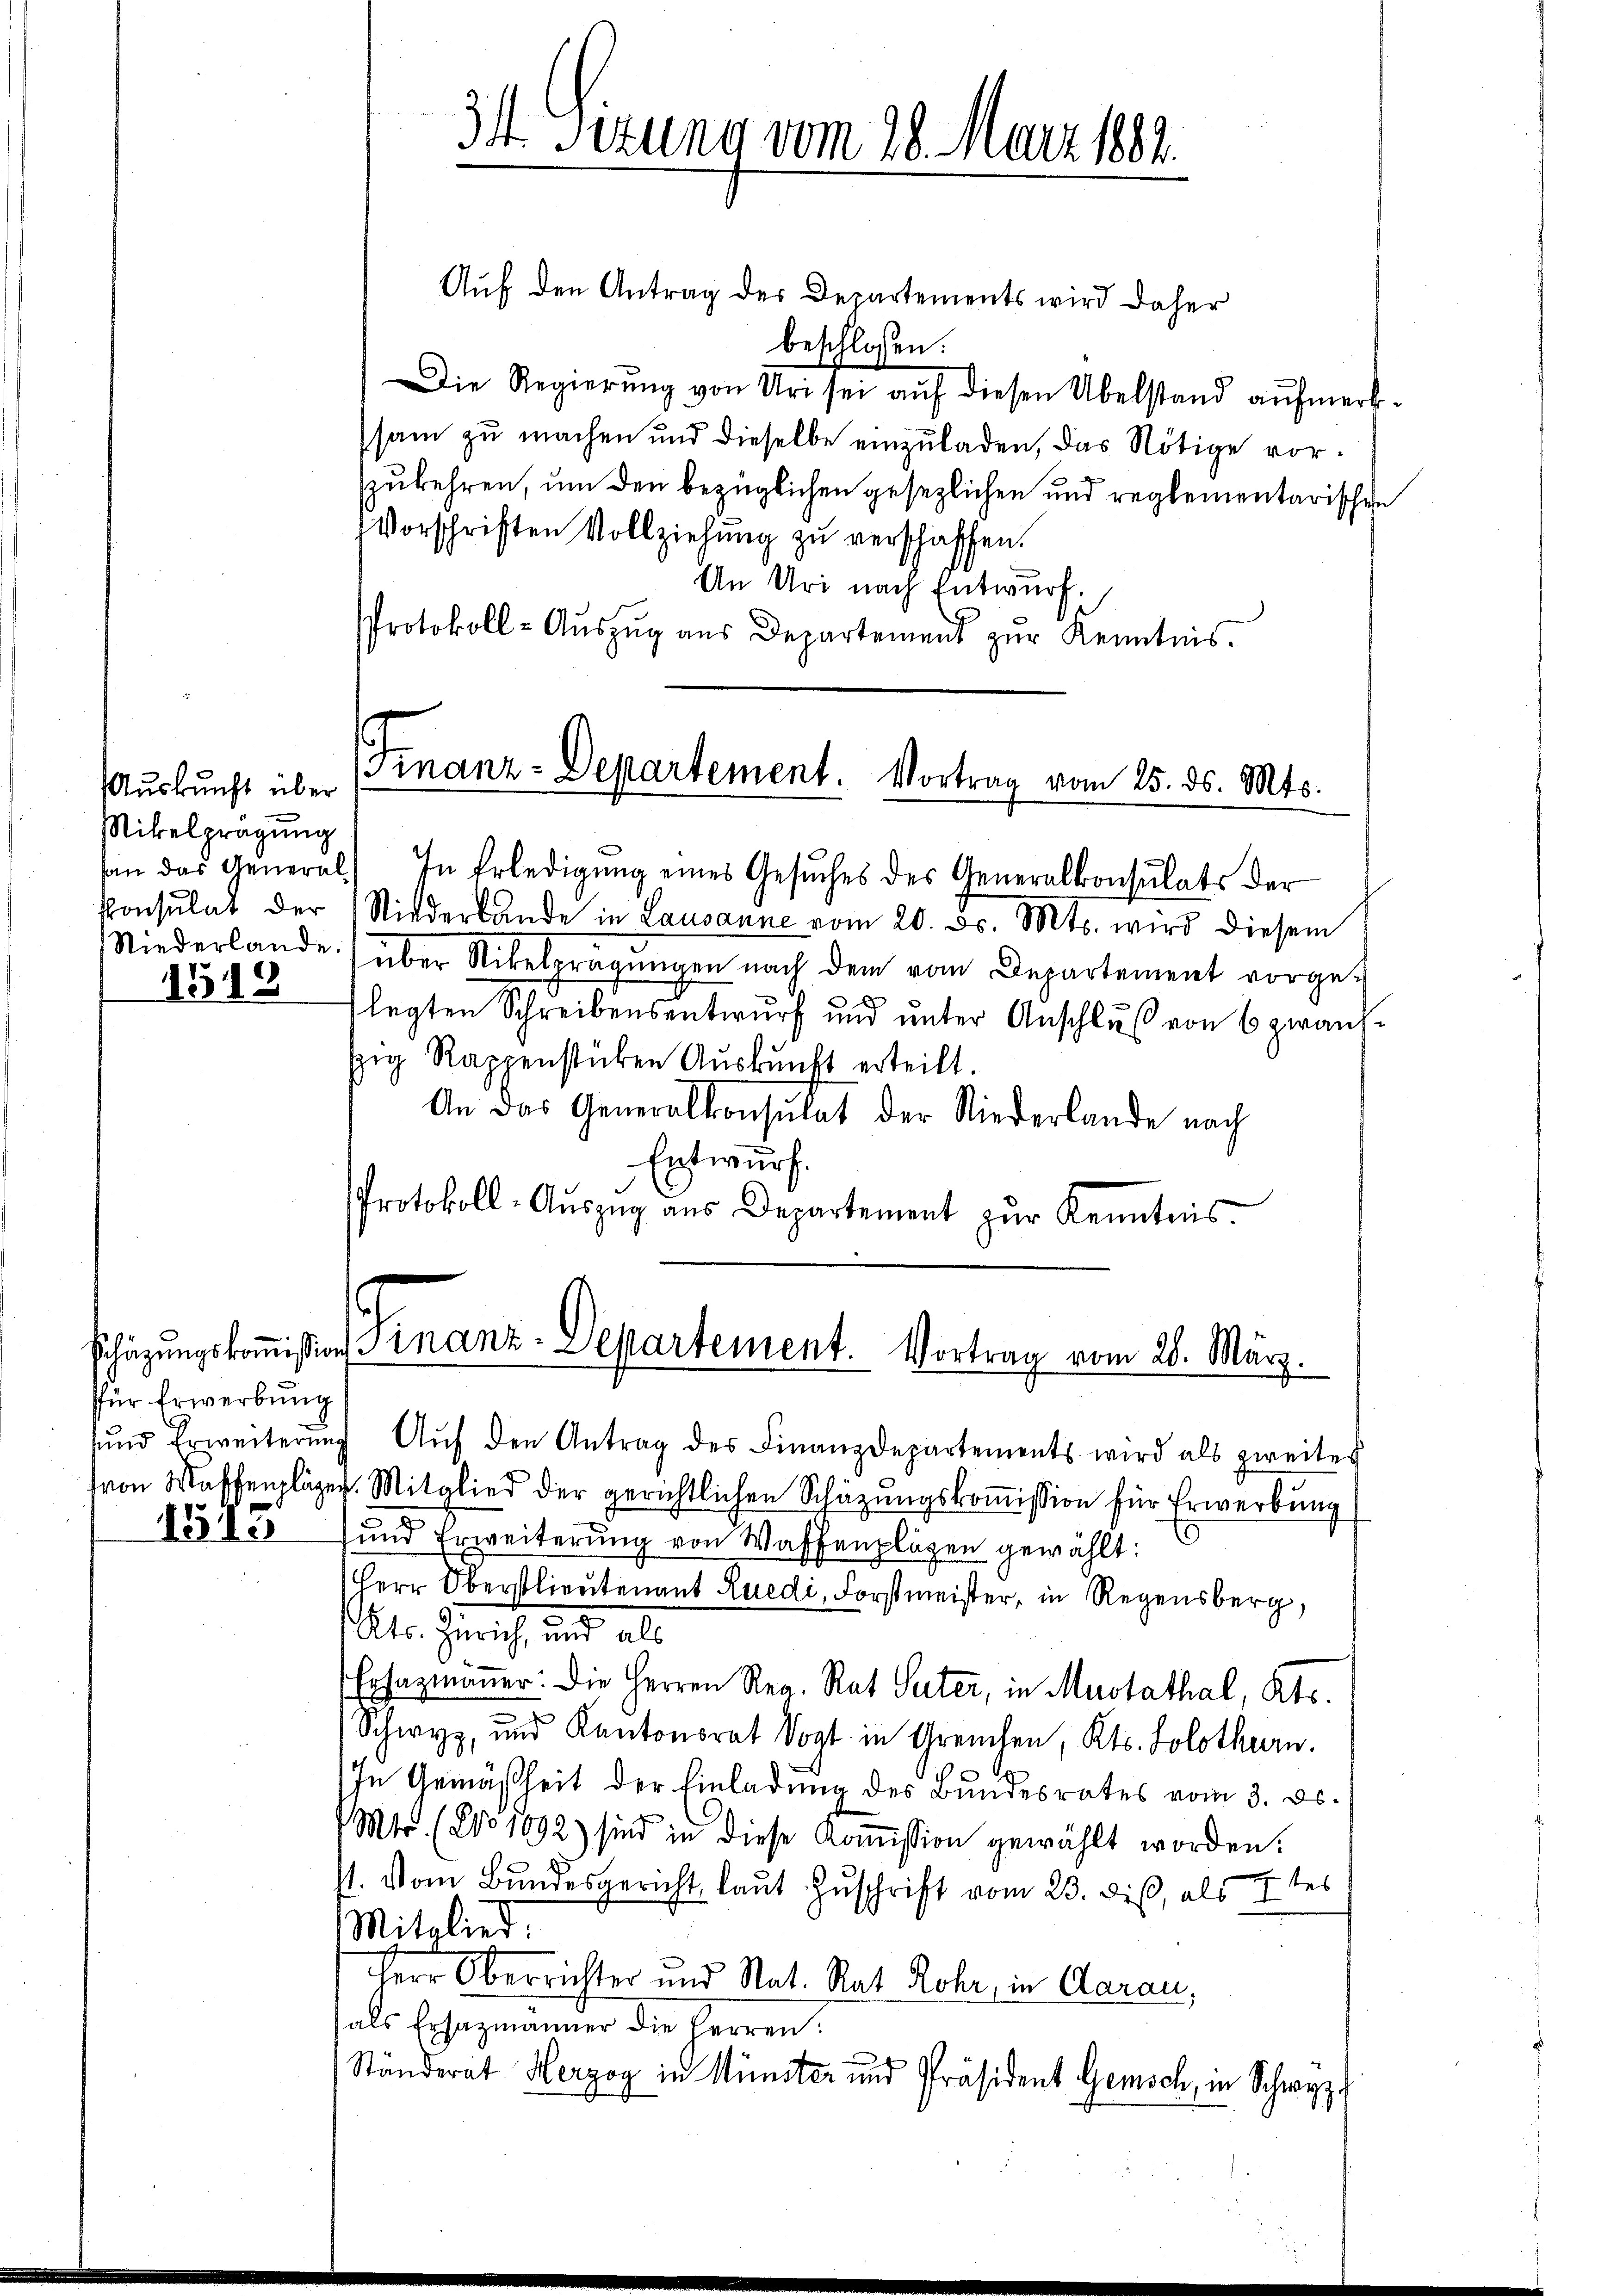
Auskunft über
Mikelprägung
1519

für Erwerbung
1545

Auf den Antrag des Departements wird daher
beschlossen:
Die Regierŭng von Uri sei aŭf diesen Übelstand aŭfmerk-
sam zu machen und dieselbe einzuladen, das Nötige vorzukehren, um den bezüglichen gesezlichen und reglementarischen
Vorschriften Vollziehung zu verschaffen.
An Uri nach Entwurf.
Protokoll-Aŭszŭg aŭs Departement zŭr Kenntnis.

34. Sizung vom 28. März 1884.

Finanz-Departement. Vortrag vom 25. ds. Mts.

Niederlande) über Nibelprägŭngen nach dem vom Departement vorge-
flegten Schreibensentwŭrf ŭnd ŭnter Anschlŭβ von 6 zwan-
zig Rappenstücken Auskunft erteilt.
An das Generalkonsulat der Niederlande nach
Entwurf.
Protokoll-Aŭszŭg aŭs Departement zŭr Kenntnis.

san das General In Erledigŭng eines Gesŭches des Generalkonsulats der
konsulat der Niederbande in Lausanne vom 20. Fr. Mts. wird diesem

Schäzŭngskoṁission Finanz-Separtement. Vortrag vom 28. März.

ŭnd Erweiterŭng Aŭf den Antrag des Finanzdepartements wird als zweiter
von Waffenpläger. Mitglied der gerichtlichen Schätzungskoṁission für Erwerbung
und Erweiterŭng von Waffenplagen gewählt:
Herr Oberstlieutenant Luedi, Forstmeister, in Regensberg,
t. Zürich, und als
Ersazmänner: Die Herren Reg. Rat Suter, in Mustathal, Kts.
Schwyz, und Kantonsrat Vogt in Greuchen, Kts. Solothurn.
In Gemäßheit der Einladung des Bundesrates vom 3. ds.
Mtr. (2o 1092) sind in diese Koṁission gewählt worden:
st. Vom Bundesgericht, laut Zuschrift vom 23. dieß, als 4 tes
Mitglied.
Herr Oberrichter und Nat. Rat Rohr, in Aarau,
als Ersatzmänner die Herren:
Ständerat Herzog in Münster und Präsident Gemisch, in Schwyz: